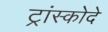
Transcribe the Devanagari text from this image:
ट्रांस्कोदे